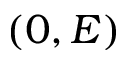
( 0 , E )